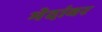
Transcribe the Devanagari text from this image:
भेदांवर